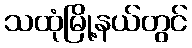
သထုံမြို့နယ်တွင်